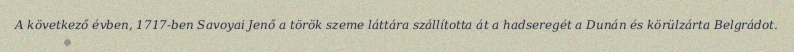
A következő évben, 1717-ben Savoyai Jenő a török szeme láttára szállította át a hadseregét a Dunán és körülzárta Belgrádot.